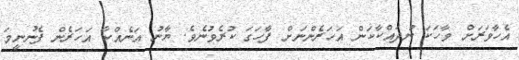
އެހާވަރަށް ވާހަކަ ނުދައްކާކަން އަހަރެންނަށް ފާހަގަ ކުރެވުނެވެ. ޔާނު އަނެއްކާ އަހަރެން ފެނުނީމަ